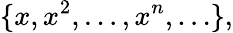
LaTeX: \{ x,x^{2},\ldots,x^{n},\ldots\} ,